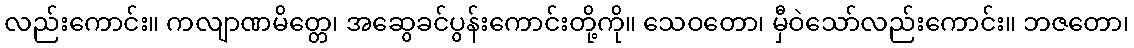
လည်းကောင်း။ ကလျာဏမိတ္တေ၊ အဆွေခင်ပွန်းကောင်းတို့ကို။ သေဝတော၊ မှီဝဲသော်လည်းကောင်း။ ဘဇတော၊